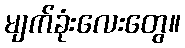
မျက်ခုံးလေးတွေ။